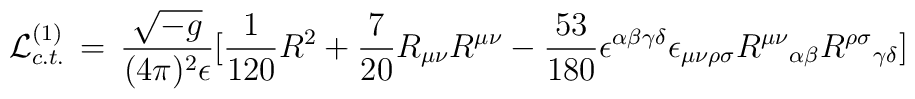
{\cal L}_{c.t.}^{(1)} \, = \,{{\sqrt {-g}} \over (4 \pi)^{2} \epsilon} \lbrack {1 \over {120}} R^{2} + {7 \over {20}} R_{\mu \nu} R^{\mu \nu} - {53 \over {180}} \epsilon^{\alpha \beta \gamma \delta}\epsilon_{\mu \nu \rho \sigma} {R^{\mu \nu}}_{\alpha \beta}{R^{\rho \sigma}}_{\gamma \delta} \rbrack